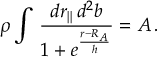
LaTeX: \rho \int \, \frac { d r _ { | | } \, d ^ { 2 } b } { 1 + e ^ { \frac { r - R _ { A } } { h } } } = A \, .